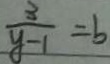
\frac { 3 } { y - 1 } = b